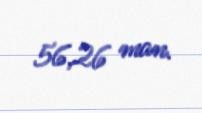
56,26 man.